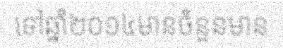
ទៅឆ្នាំ២០១៤មានចំនួនមាន